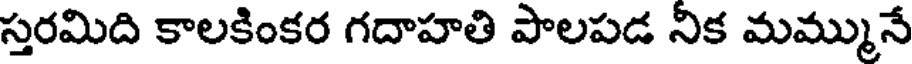
స్తరమిది కాలకింకర గదాహతి పాలపడ నిక మమ్మునే